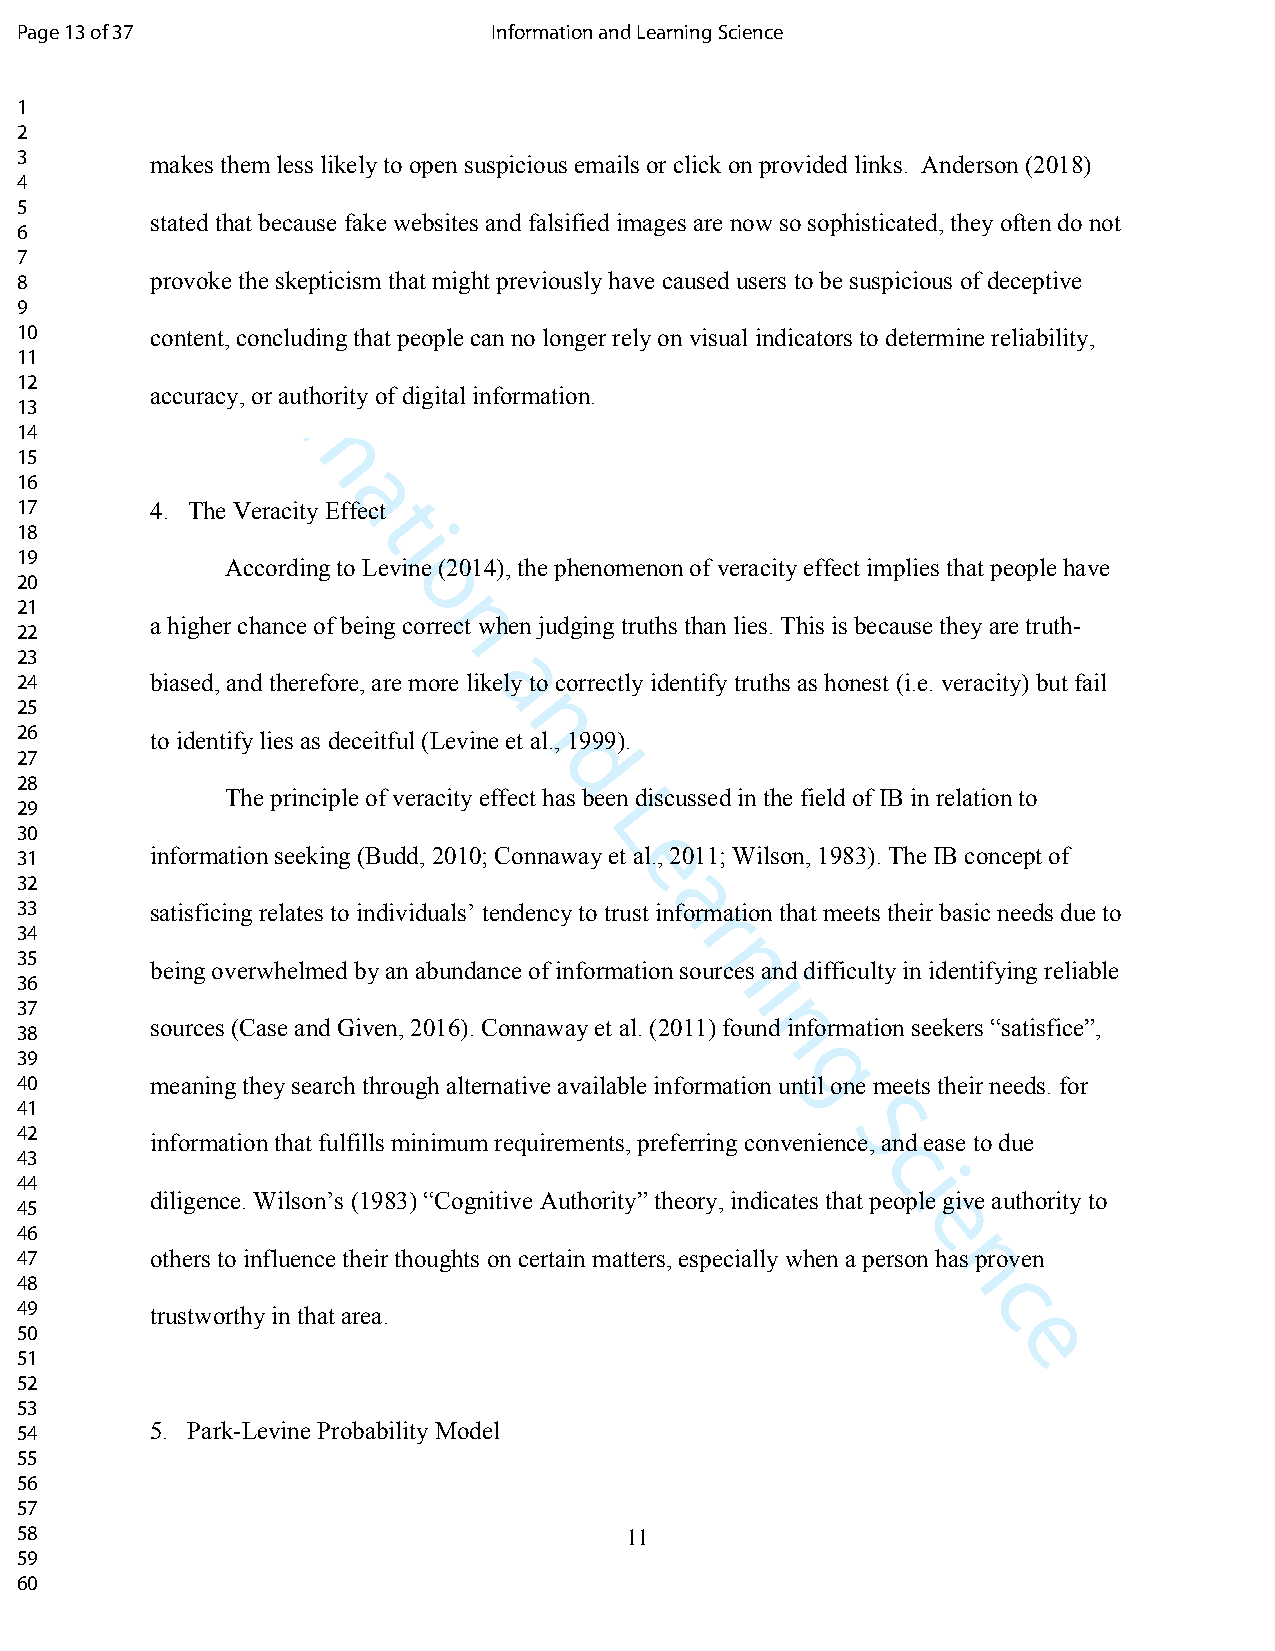
Page 13 of 37                   Information and Learning Science
 1
 2
 3        makes them less likely to open suspicious emails or click on provided links. Anderson (2018)
 4
 5
 stated that because fake websites and falsified images are now so sophisticated, they often do not
 6
 7        I
 8        provoke the skepticism that might previously have caused users to be suspicious of deceptive
 n
 9
 f
 10       content, concluding that people can no longer rely on visual indicators to determine reliability,
 11
 o
 12
 accuracy, orr authority of digital information.
 13
 14
 15               m
 16
 a
 17       4. The Veracity Effect
 t
 18                      i
 19
 According to Levine (2014), the phenomenon of veracity effect implies that people have
 20                       o
 21
 a higher chance of being cornrect when judging truths than lies. This is because they are truth-
 22
 23
 24       biased, and therefore, are more liakely to correctly identify truths as honest (i.e. veracity) but fail
 25
 n
 26       to identify lies as deceitful (Levine et al., 1999).
 27
 d
 28
 The principle of veracity effect has been discussed in the field of IB in relation to
 29
 L
 30
 31       information seeking (Budd, 2010; Connaway e et al., 2011; Wilson, 1983). The IB concept of
 32
 a
 33       satisficing relates to individuals’ tendency to trust information that meets their basic needs due to
 r
 34
 35
 being overwhelmed by an abundance of information sonurces and difficulty in identifying reliable
 36                                              i
 37
 38
 sources (Case and Given, 2016). Connaway et al. (2011) founnd information seekers “satisfice”,
 39
 g
 40       meaning they search through alternative available information until one meets their needs. for
 41
 42                                                    S
 information that fulfills minimum requirements, preferring convenience, and ease to due
 43                                                      c
 44                                                        i
 diligence. Wilson’s (1983) “Cognitive Authority” theory, indicates that people give authority to
 45
 e
 46
 47       others to influence their thoughts on certain matters, especially when a person h nas proven
 48
 c
 49       trustworthy in that area.
 50                                                               e
 51
 52
 53
 54       5. Park-Levine Probability Model
 55
 56
 57
 58                                      11
 59
 60